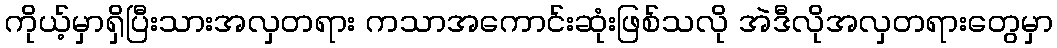
ကိုယ့်မှာရှိပြီးသားအလှတရား ကသာအကောင်းဆုံးဖြစ်သလို အဲဒီလိုအလှတရားတွေမှာ